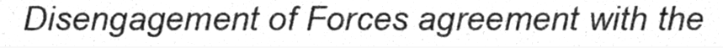
Disengagement of Forces agreement with the